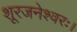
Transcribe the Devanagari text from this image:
शूरजनेश्वरः।